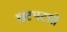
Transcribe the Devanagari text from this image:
छटपटाते